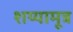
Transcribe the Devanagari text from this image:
शय्यामूत्र